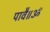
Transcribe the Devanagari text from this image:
पावै॥ॐ